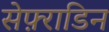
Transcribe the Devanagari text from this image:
सेफ़्राडिन